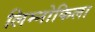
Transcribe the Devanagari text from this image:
लिम्नोफिला